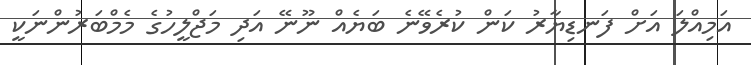
އަމިއްލަ އަށް ފަނޑިޔާރު ކަން ކުރެވޭނެ ބަޔެއް ނޫނޭ އަދި މަޖްލީހުގެ މެމްބަރުންނަކީ